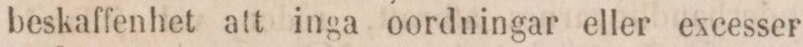
beskaffenhet att inga oordningar eller excesser